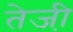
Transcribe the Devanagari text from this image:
तेजी़